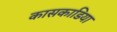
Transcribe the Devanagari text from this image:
कासकाडिया